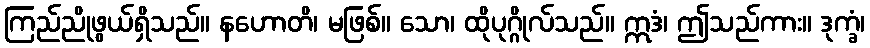
ကြည်ညိုဖွယ်ရှိသည်။ နဟောတိ၊ မဖြစ်။ သော၊ ထိုပုဂ္ဂိုလ်သည်။ ဣဒံ၊ ဤသည်ကား။ ဒုက္ခံ၊